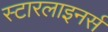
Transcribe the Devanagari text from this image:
स्टारलाइनर्स